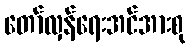
တော်လှန်ရေးအင်အားစု